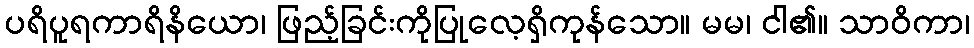
ပရိပူရကာရိနိယော၊ ဖြည့်ခြင်းကိုပြုလေ့ရှိကုန်သော။ မမ၊ ငါ၏။ သာဝိကာ၊